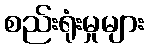
စည်းရုံးမှုများ